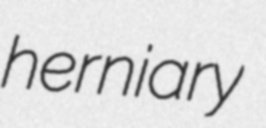
herniary